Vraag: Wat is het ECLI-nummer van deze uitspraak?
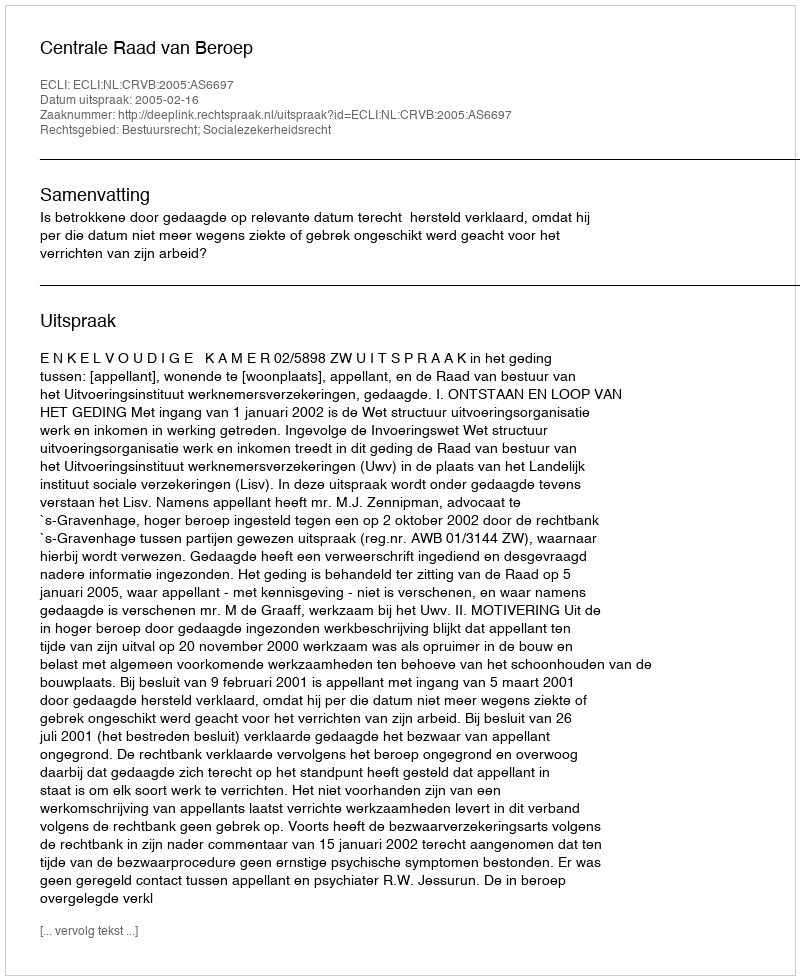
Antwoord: ECLI:NL:CRVB:2005:AS6697